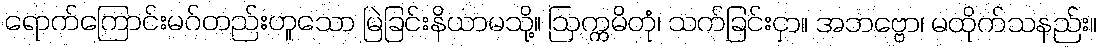
ရောက်ကြောင်းမဂ်တည်းဟူသော မြဲခြင်းနိယာမသို့။ ဩက္ကမိတုံ၊ သက်ခြင်းငှာ။ အဘဗ္ဗော၊ မထိုက်သနည်း။